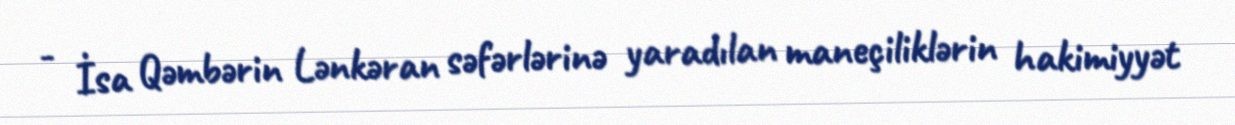
- İsa Qəmbərin Lənkəran səfərlərinə yaradılan maneçiliklərin hakimiyyət